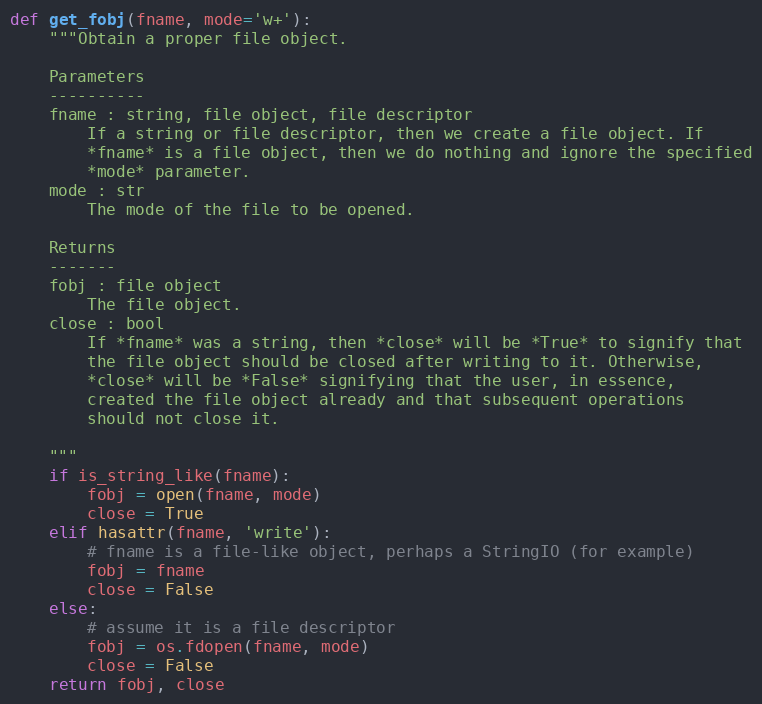
Language: Python
def get_fobj(fname, mode='w+'):
    """Obtain a proper file object.

    Parameters
    ----------
    fname : string, file object, file descriptor
        If a string or file descriptor, then we create a file object. If
        *fname* is a file object, then we do nothing and ignore the specified
        *mode* parameter.
    mode : str
        The mode of the file to be opened.

    Returns
    -------
    fobj : file object
        The file object.
    close : bool
        If *fname* was a string, then *close* will be *True* to signify that
        the file object should be closed after writing to it. Otherwise,
        *close* will be *False* signifying that the user, in essence,
        created the file object already and that subsequent operations
        should not close it.

    """
    if is_string_like(fname):
        fobj = open(fname, mode)
        close = True
    elif hasattr(fname, 'write'):
        # fname is a file-like object, perhaps a StringIO (for example)
        fobj = fname
        close = False
    else:
        # assume it is a file descriptor
        fobj = os.fdopen(fname, mode)
        close = False
    return fobj, close